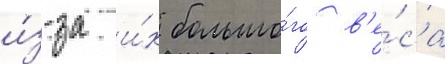
и́з-за и́х большо́го в'е́са